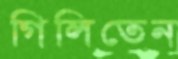
গিলিতেন